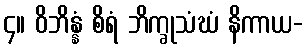
၄။ ဝိဘိန္နံ စိရံ ဘိက္ခုသံဃံ နိကာယ-